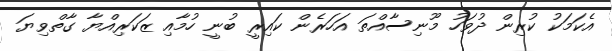
އެކަަމަކު ކުރިން ދުވަހު މޫނިސާއްތަ އަހަރެން ކައިރީ ބުނީ ހުމާއި ޒަކަރިއްޔާ ގާތްވިޔަ